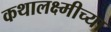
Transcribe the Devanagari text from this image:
कथालक्ष्मीच्या